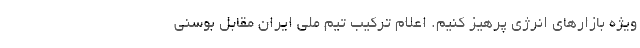
ویژه بازارهای انرژی پرهیز کنیم. اعلام ترکیب تیم ملی ایران مقابل بوسنی